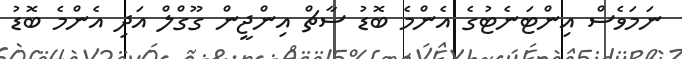
ނަމަވެސް އިންޓަނެޓުގެ އެންމެ ބޮޑު ސާޗް އިންޖީން ގޫގްލް އަދި އެންމެ ބޮޑު